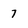
Character: 7